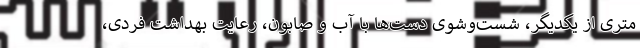
متری از یکدیگر، شست‌وشوی دست‌ها با آب و صابون، رعایت بهداشت فردی،